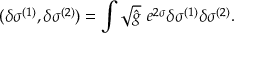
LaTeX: ( \delta \sigma ^ { ( 1 ) } , \delta \sigma ^ { ( 2 ) } ) = \int \sqrt { \hat { g } } ~ e ^ { 2 \sigma } \delta \sigma ^ { ( 1 ) } \delta \sigma ^ { ( 2 ) } .